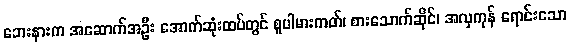
ဘေးနားက အဆောက်အဦး အောက်ဆုံးထပ်တွင် စူပါမားကတ်၊ စားသောက်ဆိုင်၊ အလှကုန် ရောင်းသော